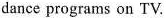
dance programs on TV.